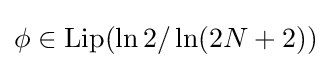
\phi \in \operatorname {Lip} (\ln 2/\ln(2N+2))